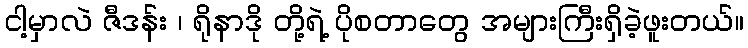
ငါ့မှာလဲ ဇီဒန်း ၊ ရိုနာဒို တို့ရဲ့ ပိုစတာတွေ အများကြီးရှိခဲ့ဖူးတယ်။